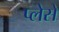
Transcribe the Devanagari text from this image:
प्लेसे